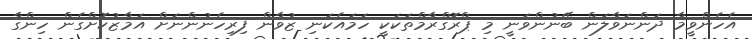
އެހެންވީމާ ދަންނަވާލަން ބޭނުންވަނީ މި ޕްރޮގްރާމްތަކަކީ ހަމައެކަނި ޒުވާން ފިރިހެނުންނަށް އަމާޒުކޮށްގެން ހިންގާ